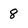
Character: 8